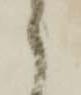
之